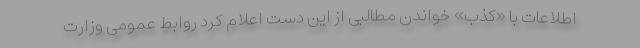
اطلاعات با «کذب» خواندن مطالبی از این دست اعلام کرد روابط عمومی وزارت